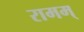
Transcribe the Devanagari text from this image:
रामम्